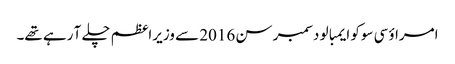
امراؤ سی سوکو ایمبالو دسمبر سن 2016 سے وزیراعظم چلے آ رہے تھے۔